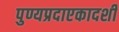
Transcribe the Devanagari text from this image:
पुण्यप्रदाएकादशी